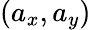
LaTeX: (a_{x},a_{y})